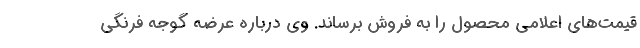
قیمت‌های اعلامی محصول را به فروش برساند. وی درباره عرضه گوجه فرنگی